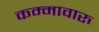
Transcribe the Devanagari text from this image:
कम्मावारु